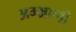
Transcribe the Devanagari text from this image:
अम्भ्राणी